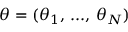
\boldsymbol { \theta } = ( \theta _ { 1 } , \, . . . , \, \theta _ { N } )